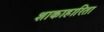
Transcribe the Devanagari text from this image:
शाकाहारिता